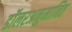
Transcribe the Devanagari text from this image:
डॉलरअनुमानित